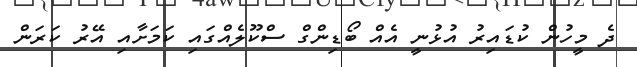
ދެ މީހުން ކުޑައިރު އުޅުނީ އެއް ބޯޑިންގް ސްކޫލެއްގައި ކަމަށާއި އޭރު ކަރަން